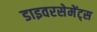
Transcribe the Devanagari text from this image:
डाइवरसेमेंट्स